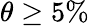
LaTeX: \theta\geq 5\%